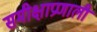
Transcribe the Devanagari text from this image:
समीक्षाप्रणाली